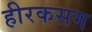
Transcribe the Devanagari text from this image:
हीरकसम